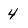
Character: 4